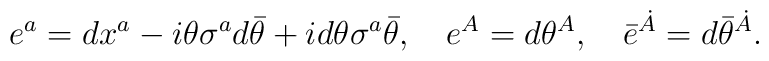
e^a= dx^a-i\theta\sigma^a d\bar\theta+id\theta\sigma^a\bar\theta, \quad e^A=d\theta^A,\quad \bar e^{\dot A}=d\bar\theta^{\dot A}.